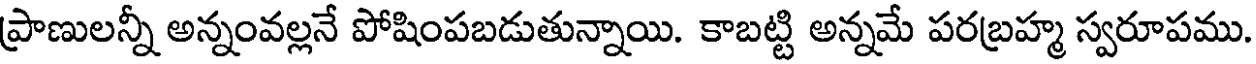
ప్రాణులన్నీ అన్నంవల్లనే పోషింపబడుతున్నాయి. కాబట్టి అన్నమే పరబ్రహ్మ స్వరూపము.